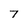
Character: 7